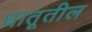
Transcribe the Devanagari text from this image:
धातूतील